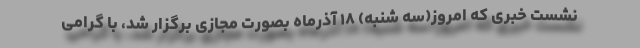
نشست خبری که امروز(سه شنبه) ۱۸ آذرماه بصورت مجازی برگزار شد، با گرامی